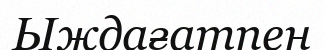
Ыждағатпен